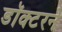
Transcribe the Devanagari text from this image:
डॉक्‍टरने